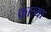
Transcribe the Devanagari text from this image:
कात्र्या